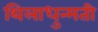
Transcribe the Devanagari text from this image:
थिलाधुन्मती